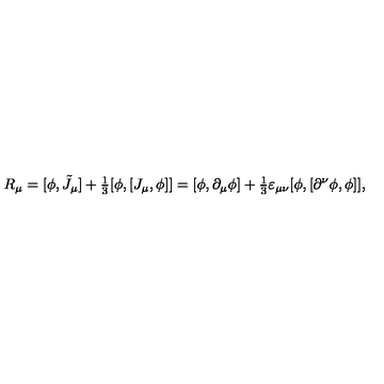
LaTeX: R _ { \mu } = [ \phi , \tilde { J } _ { \mu } ] + { \textstyle \frac 1 3 } [ \phi , [ J _ { \mu } , \phi ] ] = [ \phi , \partial _ { \mu } \phi ] + { \textstyle \frac 1 3 } \varepsilon _ { \mu \nu } [ \phi , [ \partial ^ { \nu } \phi , \phi ] ] ,